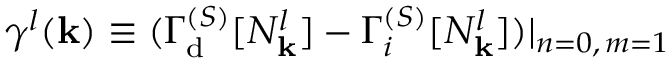
\gamma ^ { l } ( { \bf k } ) \equiv ( \Gamma _ { \mathrm { d } } ^ { ( { \cal S } ) } [ N _ { \bf k } ^ { l } ] - \Gamma _ { i } ^ { ( { \cal S } ) } [ N _ { \bf k } ^ { l } ] ) \vert _ { n = 0 , \, m = 1 }